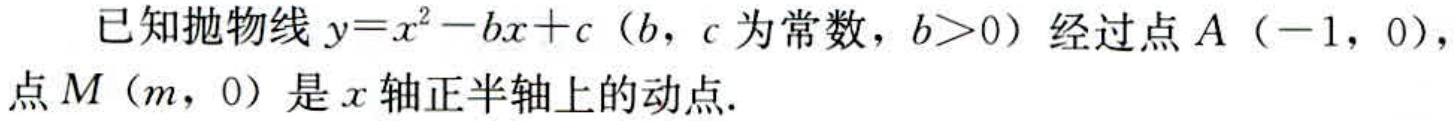
已知抛物线\(y = x^{2}-bx + c\)（\(b\)，\(c\)为常数，\(b>0\)）经过点\(A(-1,0)\)，点\(M(m,0)\)是\(x\)轴正半轴上的动点.